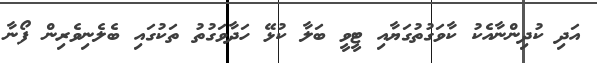
އަދި ކުދިންނާއެކު ކާވަގުތުގަޔާއި ޓީވީ ބަލާ ކުޅޭ ހަދާވަގުތު ތަކުގައި ބެލެނިވެރިން ފޯނާ